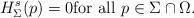
LaTeX: \begin{align*}H_{\Sigma}^s (p)=0 \hbox{for all $p\in \Sigma\cap \Omega$.}\end{align*}